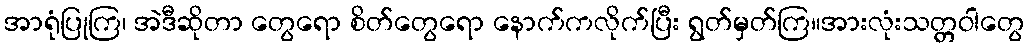
အာရုံပြုကြ၊ အဲဒီဆိုတာ တွေရော စိတ်တွေရော နောက်ကလိုက်ပြီး ရွတ်မှတ်ကြ။အားလုံးသတ္တဝါတွေ